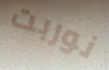
نوربت